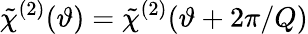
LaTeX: \tilde{\chi}^{(2)}(\vartheta)=\tilde{\chi}^{(2)}(\vartheta+2\pi/Q)